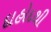
દાહોદથી